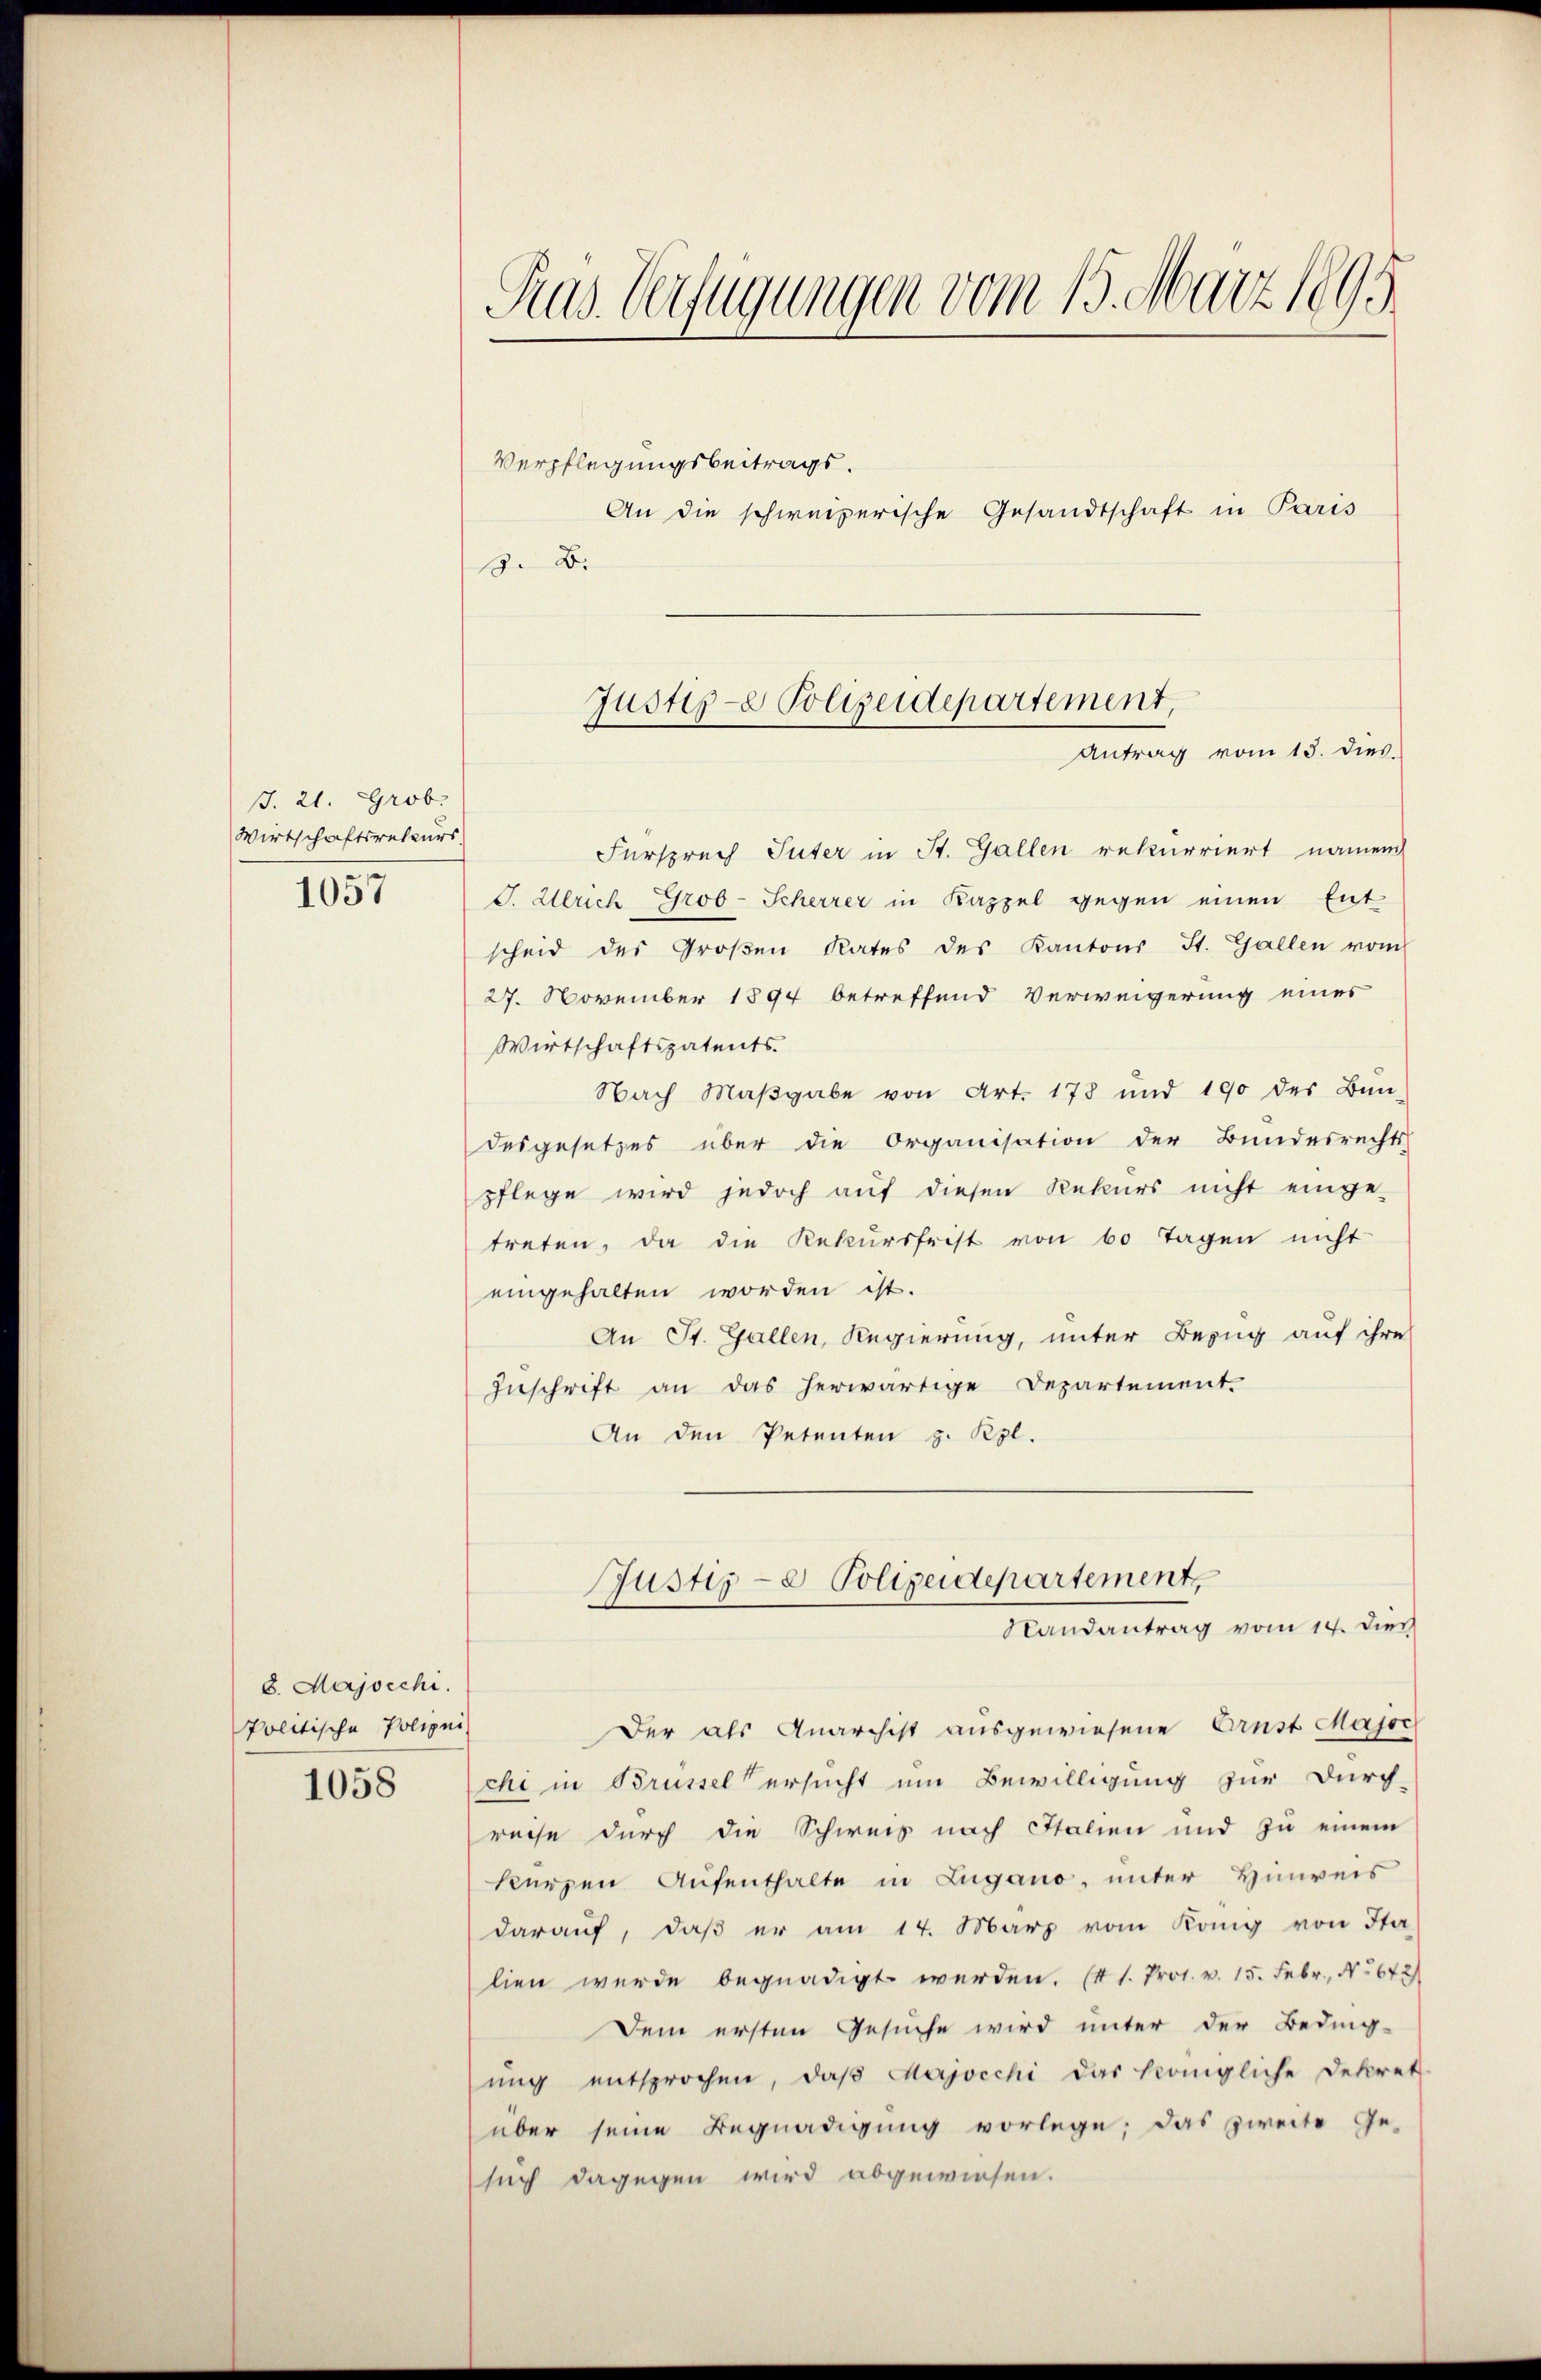
J. 21. Grob.
Wirtschaftsrateurs.

1057

8. Majocchi.
Politische Polizei

1058

Ras. Verfügungen vom 15. März 1895

Verpflegungsbeitrags.
An die schweizerische Gesandtschaft in Paris
3. B.

Fürsprech Suter in St. Gallen rekurriert namen
J. Ulrich Grob-Scherrer in Kappel gegen einen Ent
scheid des Großen Rates des Kantons St. Gallen vom
27. November 1894 betreffend Verweigerung eines
Wirtschaftspatents.
Nach Maβgabe von Art. 178 und 190 des Bun-
desgesetzes über die Organisation der Bundesrechts-
pflege wird jedoch auf diesen Rekurs nicht einge-
treten, da die Rekursfrist von 60 Tagen nicht
eingehalten worden ist.
An St. Gallen, Regierung, unter Bezug auf ihre
Zuschrift an das herwärtige Departement.
An den Petenten z. Kgl.

Justiz- Polizeidepartement,
Antrag vom 13. dies.

Der als Anarchist ausgewiesene Arnst Majoc
chi in Brüssel ersucht um Bewilligung zur Durch-
reise durch die Schweis nach Italien und zu einem
kurzen Aufenthalte in Lugano, unter Hinweis
daraŭf, daβ er am 14. März vom König von Sta-
lien wurde begnadigt werden. (41. Prot. v. 15. Febr., No 672)
Dem ersten Gesuche wird unter der Beding-
ŭng entsprochen, daβ Majocchi das königliche Dekret
über seine Begnadigung vorlege; das zweite Ge-
such dagegen wird abgewiesen.

Justiz- & Polizeidepartement,
Randantrag vom 14. Dien